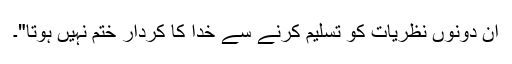
ان دونوں نظریات کو تسلیم کرنے سے خدا کا کردار ختم نہیں ہوتا"۔